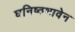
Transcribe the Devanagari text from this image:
घनिष्ठभावेन